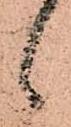
ゝ